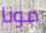
مونا